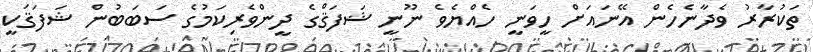
ތަކުރާރު ވެދާނެހެން އޭނައަށް ހީވަނީ ހެއްޔެވެ ނޫނީ ޝަފަޤްގެ ދީންވެރިކަމުގެ ސަބަބުން ޝަފަޤަކީ